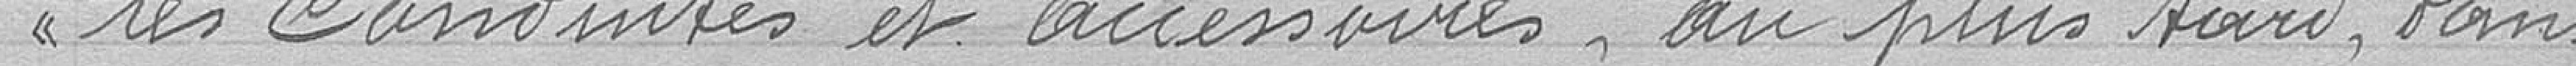
les conduits et accessoires, au plus tard, dans